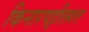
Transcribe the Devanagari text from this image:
किनारपट्टीलगत